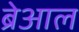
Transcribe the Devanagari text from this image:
ब्रेआल